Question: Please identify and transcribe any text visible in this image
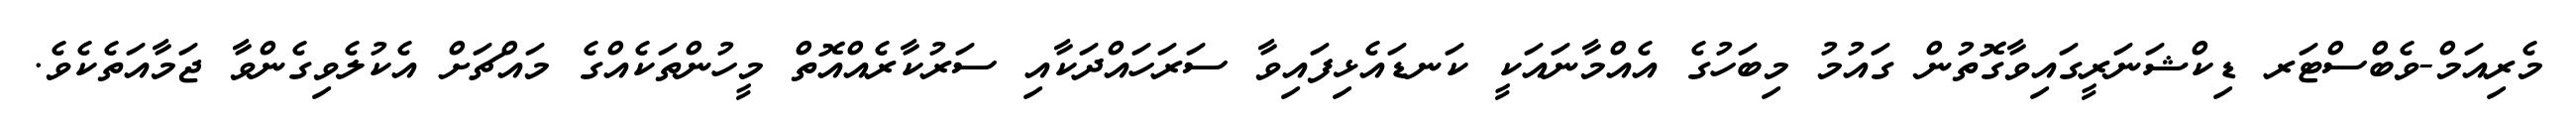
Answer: މެރިއަމް-ވެބްސްޓަރ ޑިކްޝަނަރީގައިވާގޮތުން ގައުމު މިބަހުގެ އެއްމާނައަކީ ކަނޑައެޅިފައިވާ ސަރަހައްދަކާއި ސަރުކާރެއްއޮތް މީހުންތަކެއްގެ މައްޗަށް އެކުލެވިގެންވާ ޖަމާއަތެކެވެ.